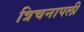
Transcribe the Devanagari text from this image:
त्रिचनापली